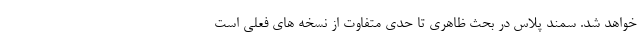
خواهد شد. سمند پلاس در بحث ظاهری تا حدی متفاوت از نسخه های فعلی است